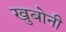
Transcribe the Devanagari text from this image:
खुबोनी